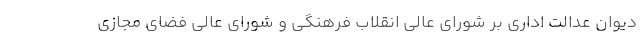
دیوان عدالت اداری بر شورای عالی انقلاب فرهنگی و شورای عالی فضای مجازی